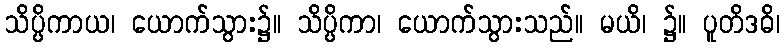
သိပ္ပိကာယ၊ ယောက်သွား၌။ သိပ္ပိကာ၊ ယောက်သွားသည်။ မယိ၊ ၌။ ပူတိဒဓိ၊